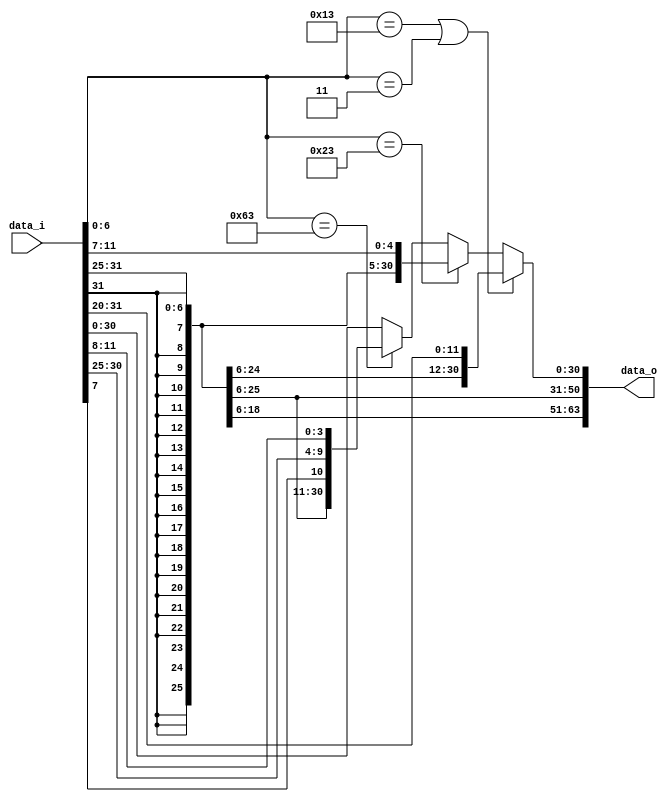
module Imm_Gen(
    data_i,
    data_o
    );

//I/O ports
input   [32-1:0] data_i; // instr.
output  [64-1:0] data_o;

//Internal Signals
reg     [64-1:0] data_o;

//Gen Imm
always @* begin
	if((data_i[6:0] == 7'b0010011) || (data_i[6:0] == 7'b0000011)) data_o = {{52{data_i[31]}},data_i[31:20]}; // for slti,addi and ld
	else if (data_i[6:0] == 7'b0100011) data_o = {{52{data_i[31]}},data_i[31:25],data_i[11:7]}; // for sd
    else if (data_i[6:0] == 7'b1100011) data_o = {{52{data_i[31]}},{data_i[31],data_i[7],data_i[30:25],data_i[11:8]}}; // for beq
    else data_o = {{32{data_i[31]}},data_i};
end

endmodule